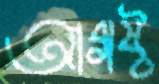
আগষ্ট